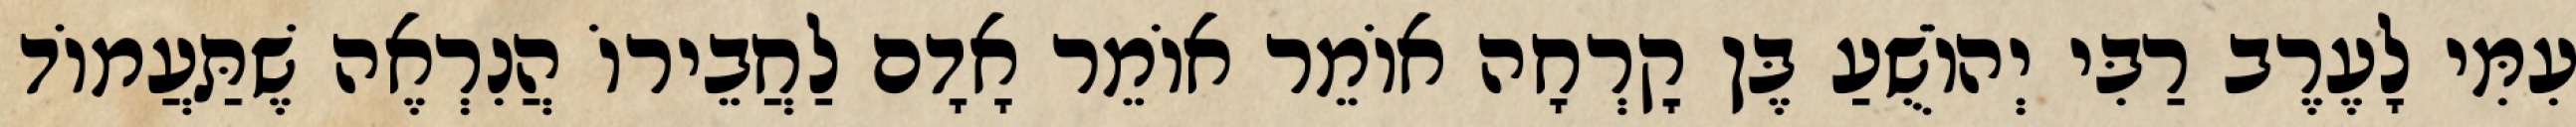
עִמִּי לָעֶרֶב רַבִּי יְהוֹשֻׁעַ בֶּן קׇרְחָה אוֹמֵר אוֹמֵר אָדָם לַחֲבֵירוֹ הֲנִרְאֶה שֶׁתַּעֲמוֹד